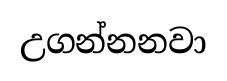
උගන්නනවා